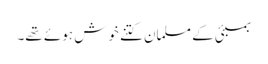
بمبئی کے مسلمان کتنے خوش ہوئے تھے۔